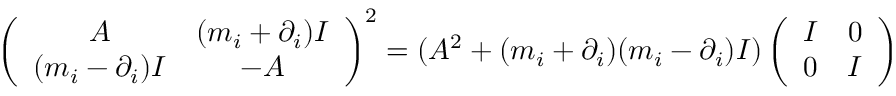
\left( \begin{array} { c c } { { A } } & { { ( m _ { i } + \partial _ { i } ) I } } \\ { { ( m _ { i } - \partial _ { i } ) I } } & { { - A } } \end{array} \right) ^ { 2 } = ( A ^ { 2 } + ( m _ { i } + \partial _ { i } ) ( m _ { i } - \partial _ { i } ) I ) \left( \begin{array} { c c } { { I } } & { { 0 } } \\ { { 0 } } & { { I } } \end{array} \right)